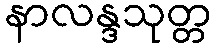
နာလန္ဒသုတ္တ